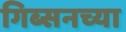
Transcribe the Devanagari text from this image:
गिब्सनच्या